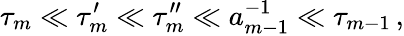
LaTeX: \tau_{m}\ll\tau_{m}^{\prime}\ll\tau_{m}^{\prime\prime}\ll a_{m-1}^{-1}\ll\tau_{m-1}\, ,